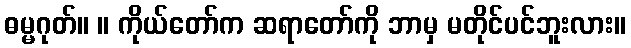
ဓမ္မဂုတ်။ ။ ကိုယ်တော်က ဆရာတော်ကို ဘာမှ မတိုင်ပင်ဘူးလား။